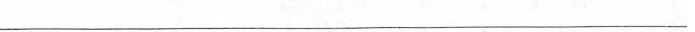
___